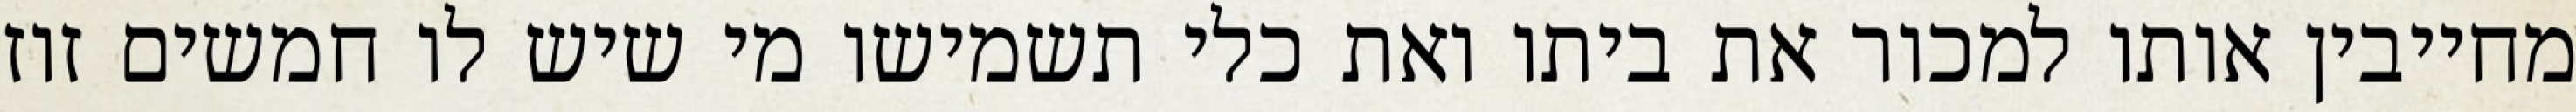
מחייבין אותו למכור את ביתו ואת כלי תשמישו מי שיש לו חמשים זוז